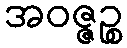
အဝဇ္ဇဉ္စ